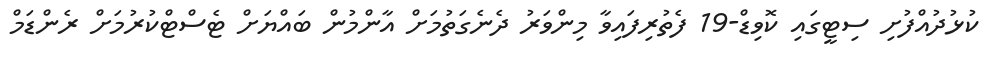
ކުޅުދުއްފުށި ސިޓީގައި ކޮވިޑް-19 ފެތުރިފައިވާ މިންވަރު ދެނެގަތުމަށް އާންމުން ބައްޔަށް ޓެސްޓްކުރުމަށް ރެންޑަމް